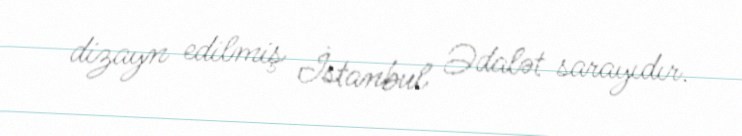
dizayn edilmiş İstanbul Ədalət sarayıdır.